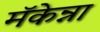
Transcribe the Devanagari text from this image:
मॅकेन्ना